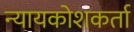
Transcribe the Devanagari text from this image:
न्यायकोशकर्ता